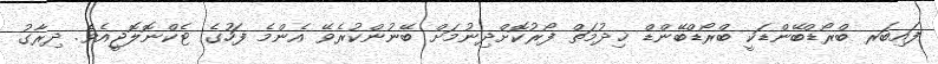
ފައިބަރ ބްރޯޑްބޭންޑަކީ ބްރޯޑްބޭންޑް ޚިދުމަތް ފޯރުކޮށްދިނުމަށް ބޭނުންކުރެވޭ އެންމެ ފަހުގެ ޓެކްނޮލޮޖީއެވެ. ދިރާގު